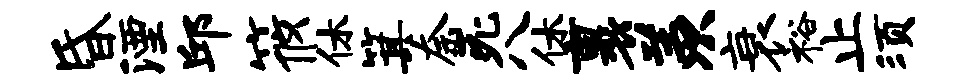
昏湮邱筱休箕奈死八休裹羡衰裕止须